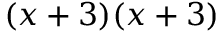
( x + 3 ) ( x + 3 )